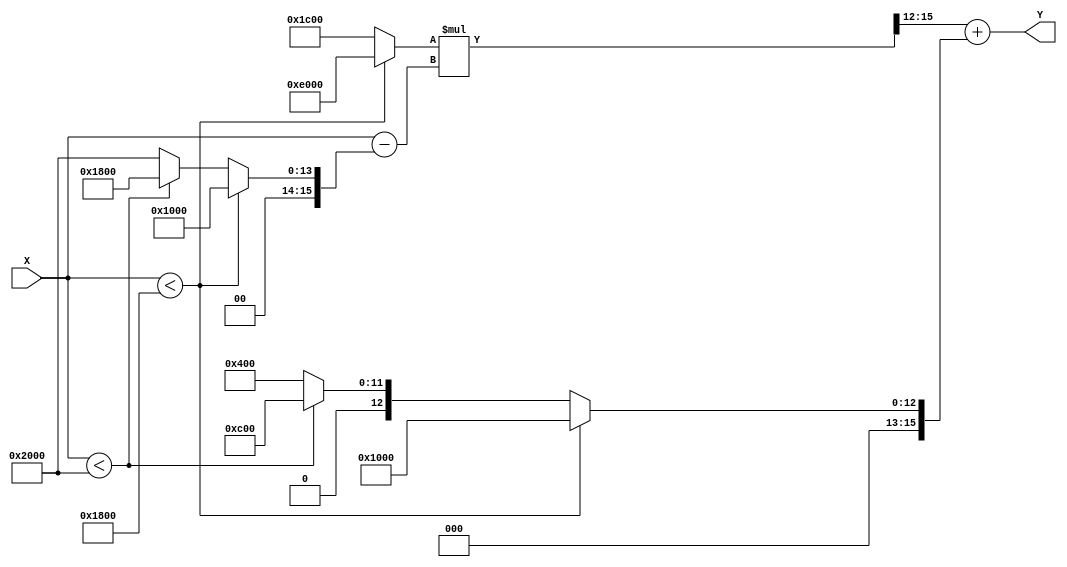
module PLA_Reciprocal (
    input [15:0] X,  // 16-bit fixed-point input (range [1, 2])
    output reg [15:0] Y  // 16-bit fixed-point output (reciprocal)
);

    // Define breakpoints and coefficients for the segments
    localparam [15:0] BP1 = 16'h1000; // 1.0
    localparam [15:0] BP2 = 16'h1800; // 1.5
    localparam [15:0] BP3 = 16'h2000; // 2.0

    // Coefficients for linear approximation (m, b) for each segment
    localparam [15:0] M1 = 16'hE000; // slope for segment 1 (approx. -0.5)
    localparam [15:0] B1 = 16'h1000; // intercept for segment 1 (approx. 1.0)
    
    localparam [15:0] M2 = 16'h1C00; // slope for segment 2 (approx. 0.5)
    localparam [15:0] B2 = 16'h0C00; // intercept for segment 2 (approx. 0.6667)
    
    localparam [15:0] M3 = 16'h1C00; // slope for segment 3 (approx. 0.5)
    localparam [15:0] B3 = 16'h0400; // intercept for segment 3 (approx. 0.5)

    // Internal variables
    reg [15:0] m, b, x0;
    reg [15:0] deltaX;
    
    always @(*) begin
        // Initialize output
        Y = 16'h0000;

        // Segment selection based on input X
        if (X < BP2) begin
            // Segment 1: [1.0, 1.5]
            m = M1;
            b = B1;
            x0 = BP1;
        end else if (X < BP3) begin
            // Segment 2: [1.5, 2.0]
            m = M2;
            b = B2;
            x0 = BP2;
        end else begin
            // Segment 3: [2.0]
            m = M3;
            b = B3;
            x0 = BP3;
        end
        
        // Compute deltaX
        deltaX = X - x0;

        // Calculate output using the linear equation Y = m * deltaX + b
        Y = (m * deltaX >> 12) + b; // Right shift to scale down (assuming fixed-point)
    end

endmodule